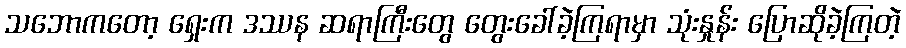
သဘောကတော့ ရှေးက ဒဿန ဆရာကြီးတွေ တွေးခေါ်ခဲ့ကြရာမှာ သုံးနှုန်း ပြောဆိုခဲ့ကြတဲ့